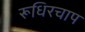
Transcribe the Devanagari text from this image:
रूधिरचाप